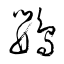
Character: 鸚